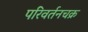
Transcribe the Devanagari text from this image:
परिवर्तनचक्र